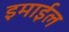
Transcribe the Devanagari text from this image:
इमाईल